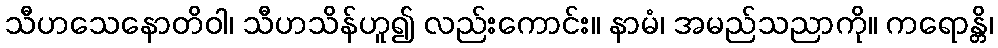
သီဟသေနောတိဝါ၊ သီဟသိန်ဟူ၍ လည်းကောင်း။ နာမံ၊ အမည်သညာကို။ ကရောန္တိ၊